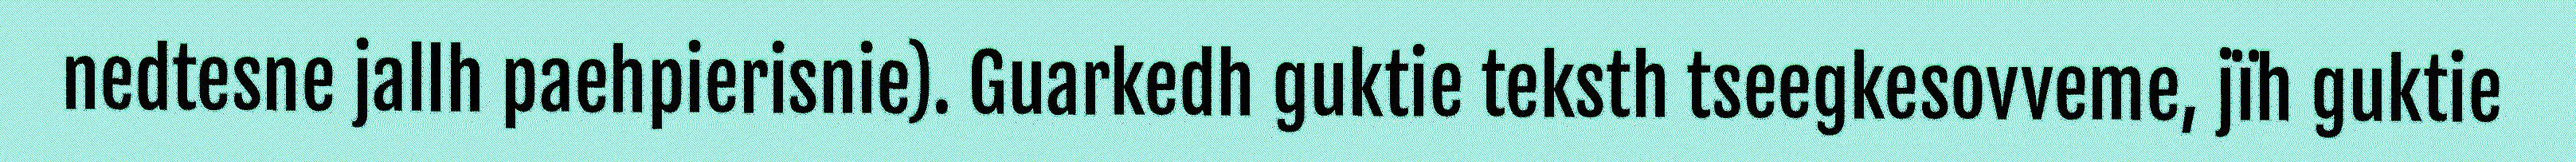
nedtesne jallh paehpierisnie). Guarkedh guktie teksth tseegkesovveme, jïh guktie